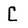
Character: C